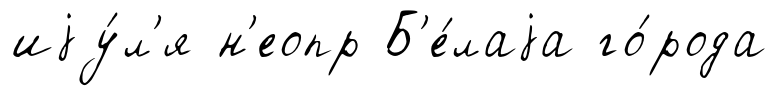
иjу́л'я н'еопр Б'е́лаjа го́рода